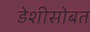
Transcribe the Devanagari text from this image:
डेशीसोबत